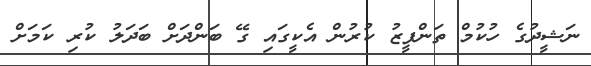
ނަޝީދުގެ ހުކުމް ތަންފީޒު ކުރުން އެކީގައި ގޭ ބަންދަށް ބަދަލު ކުރި ކަމަށް